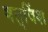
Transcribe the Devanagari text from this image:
षत्‌विंश